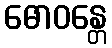
ဓောဝန္တေ